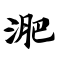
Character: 淝